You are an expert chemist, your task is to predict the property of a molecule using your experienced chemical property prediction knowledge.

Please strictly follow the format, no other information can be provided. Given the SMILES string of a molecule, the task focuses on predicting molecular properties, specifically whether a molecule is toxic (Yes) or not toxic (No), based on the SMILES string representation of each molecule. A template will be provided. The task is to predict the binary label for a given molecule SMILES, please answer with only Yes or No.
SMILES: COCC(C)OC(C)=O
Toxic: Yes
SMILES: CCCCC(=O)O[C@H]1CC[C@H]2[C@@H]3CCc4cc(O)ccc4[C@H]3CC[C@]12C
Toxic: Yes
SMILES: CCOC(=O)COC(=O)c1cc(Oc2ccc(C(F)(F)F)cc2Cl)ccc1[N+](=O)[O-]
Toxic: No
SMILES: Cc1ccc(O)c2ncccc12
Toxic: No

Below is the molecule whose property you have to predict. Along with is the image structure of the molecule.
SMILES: CCCCn1cc[n+](C)c1C
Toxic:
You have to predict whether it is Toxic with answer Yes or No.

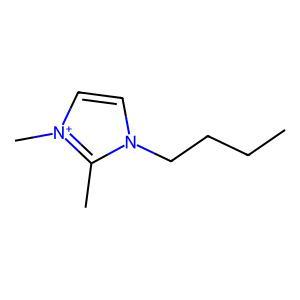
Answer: No